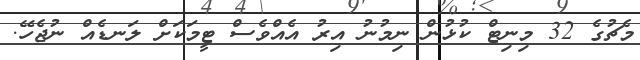
މެޗުގެ 32 މިނިޓް ކުޅުން ނިމުނު އިރު އެއްވެސް ޓީމަކަށް ލަނޑެއް ނުޖެހޭ.